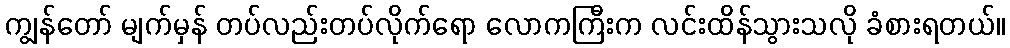
ကျွန်တော် မျက်မှန် တပ်လည်းတပ်လိုက်ရော လောကကြီးက လင်းထိန်သွားသလို ခံစားရတယ်။